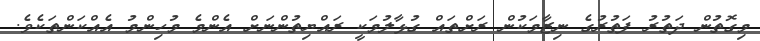
މިގޮތުން ދަތުރު ފަތުރުގެ ނިޒާމަކުން ރަށްތައް ގުޅާލުމަކީ ރައްޔިތުންނަށް އެންމެ މުހިންމު އެއްކަންތަކެވެ.